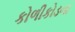
કોળીકોડના